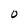
Character: O